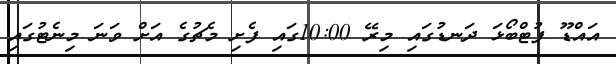
އައްޑޫ ފުޓްބޯޅަ ދަނޑުގައި މިރޭ 10:00ގައި ފެށި މެޗުގެ އަށް ވަނަ މިނެޓުގައި